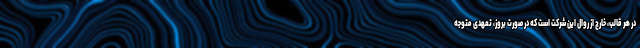
در هر قالب، خارج از روال این شرکت است که در صورت بروز، تعهدی متوجه